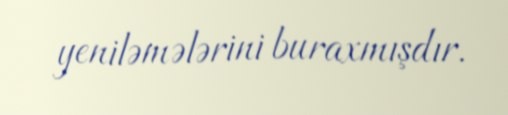
yeniləmələrini buraxmışdır.